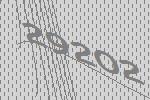
29202